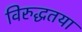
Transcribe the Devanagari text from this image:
विरुद्धतया